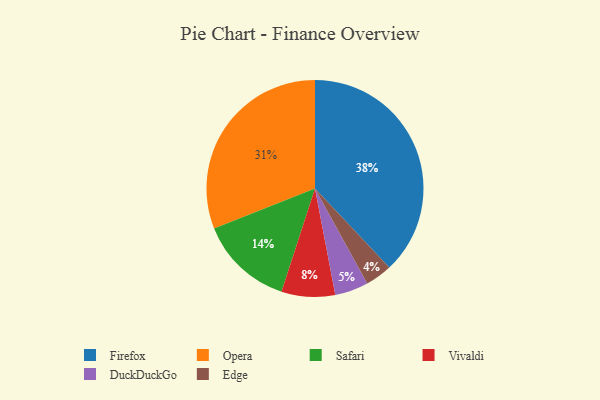
{"axis": {"x": "Category", "y": "Percentage"}, "legend": ["DuckDuckGo", "Edge", "Firefox", "Opera", "Safari", "Vivaldi"], "data": [{"x": "Firefox", "y": 38, "type": "Firefox"}, {"x": "Edge", "y": 4, "type": "Edge"}, {"x": "Opera", "y": 31, "type": "Opera"}, {"x": "DuckDuckGo", "y": 5, "type": "DuckDuckGo"}, {"x": "Safari", "y": 14, "type": "Safari"}, {"x": "Vivaldi", "y": 8, "type": "Vivaldi"}]}